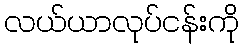
လယ်ယာလုပ်ငန်းကို